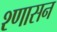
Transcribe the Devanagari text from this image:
श्णासन